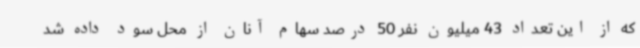
که از این تعداد 43 میلیون نفر 50 درصد سهام آنان از محل سود داده شد